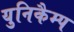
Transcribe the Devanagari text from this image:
युनिकैम्प